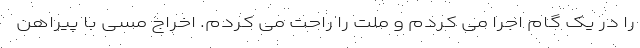
را در یک گام اجرا می کردم و ملت را راحت می کردم. اخراج مسی با پیراهن